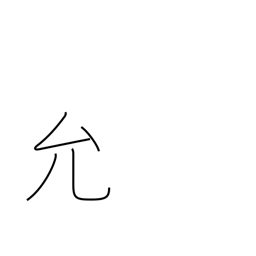
Meaning: license